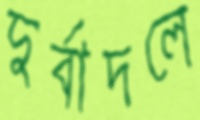
দুর্বাদলে